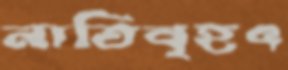
নাতিবৃহৎ